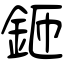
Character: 鉔